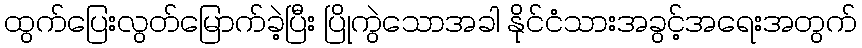
ထွက်ပြေးလွတ်မြောက်ခဲ့ပြီး ပြိုကွဲသောအခါ နိုင်ငံသားအခွင့်အရေးအတွက်